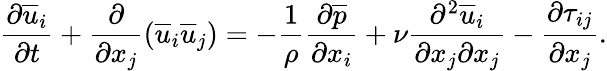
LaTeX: \frac{\partial\overline{{u}}_{i}}{\partial t}+\frac{\partial}{\partial x_{j}}(\overline{{u}}_{i}\overline{{u}}_{j})=-\frac{1}{\rho}\frac{\partial\overline{{p}}}{\partial x_{i}}+\nu\frac{\partial^{2}\overline{{u}}_{i}}{\partial x_{j}\partial x_{j}}-\frac{\partial\tau_{ij}}{\partial x_{j}}.